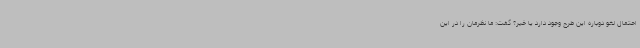
احتمال لغو دوباره این طرح وجود دارد یا خیر؟ گفت: ما نظرمان را در این